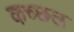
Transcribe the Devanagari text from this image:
कच्छल